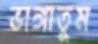
ভাঙ্গাতুম